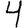
Digit: 4